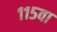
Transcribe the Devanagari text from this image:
११५वा